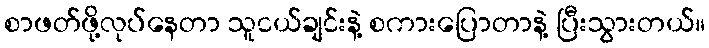
စာဖတ်ဖို့လုပ်နေတာ သူငယ်ချင်းနဲ့ စကားပြောတာနဲ့ ပြီးသွားတယ်။